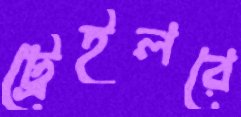
ট্রেইলরে